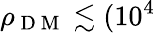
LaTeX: \rho_{\mathrm{~D~M~}}\lesssim(10^{4}